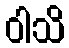
ဝါသိ